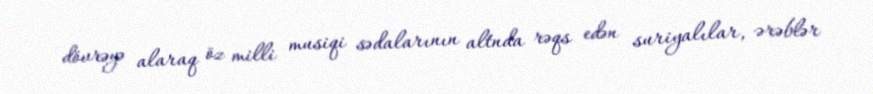
dövrəyə alaraq öz milli musiqi sədalarının altnda rəqs edən suriyalılar, ərəblər